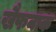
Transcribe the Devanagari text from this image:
खैफनाक